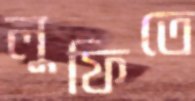
লুফিতে